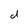
Character: d